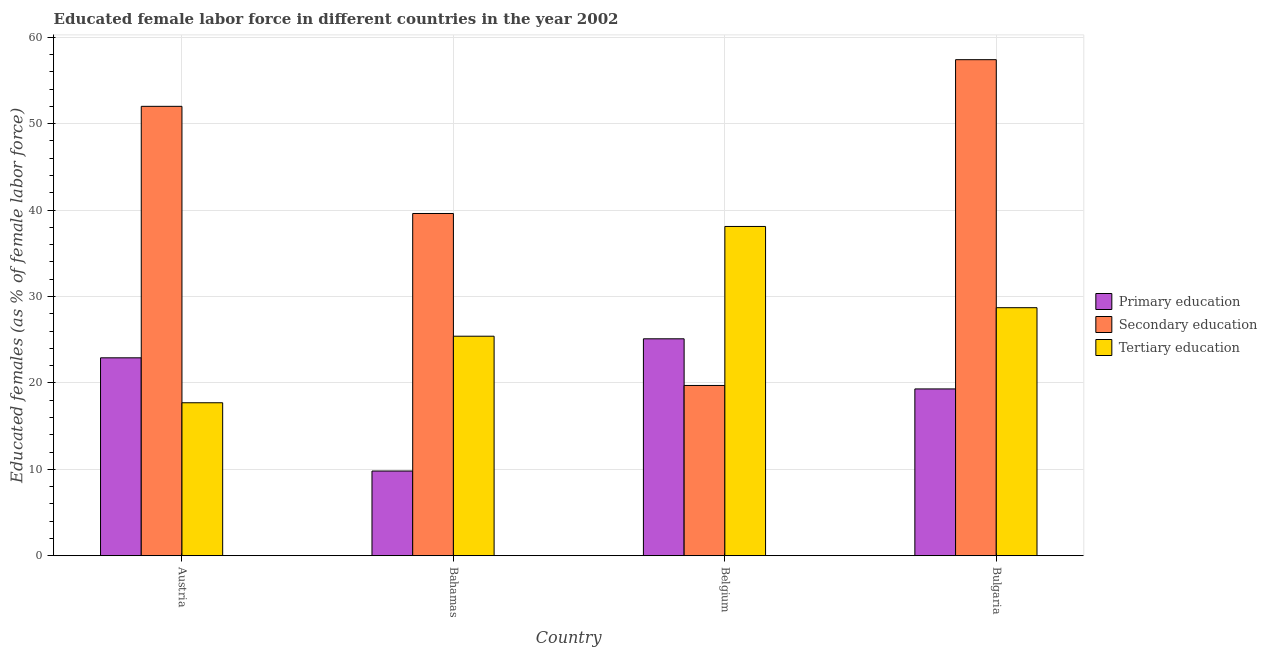
| Country | Primary education | Secondary education | Tertiary education |
 | --- | --- | --- | --- |
 | Austria | 22.9 | 52 | 17.7 |
 | Bahamas | 9.8 | 39.6 | 25.4 |
 | Belgium | 25.1 | 19.7 | 38.1 |
 | Bulgaria | 19.3 | 57.4 | 28.7 |